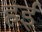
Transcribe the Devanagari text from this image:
हईं